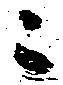
ニ